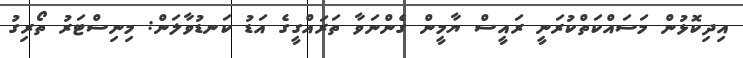
އިދިކޮޅުން މަސައްކަތްކުރަނީ ރައީީސް ޔާމީން ގެންނަވާ ތަރައްގީގެ އަޑު ކަނޑުވާލަން: މިނިސްޓަރު ތޯރިގު